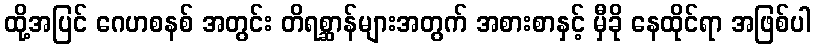
ထို့အပြင် ဂေဟစနစ် အတွင်း တိရစ္ဆာန်များအတွက် အစားစာနှင့် မှီခို နေထိုင်ရာ အဖြစ်ပါ